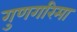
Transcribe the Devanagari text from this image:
गुणगरिमा